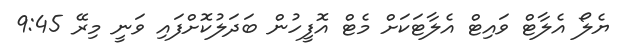
ޔެލޯ އެލާޓް ވައިޓް އެލާޓަކަށް މެޓް އޮފީހުން ބަދަލުކޮށްފައި ވަނީ މިރޭ 9:45